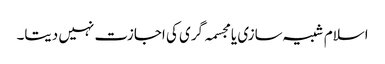
اسلام شبیہ سازی یا مجسمہ گری کی اجازت نہیں دیتا۔